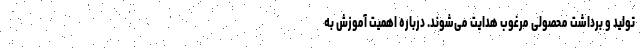
تولید و برداشت محصولی مرغوب هدایت می‌شوند. درباره اهمیت آموزش به